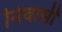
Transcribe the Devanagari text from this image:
निवासीं